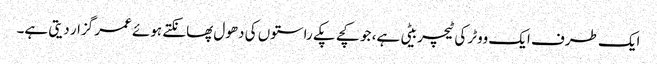
ایک طرف ایک ووٹر کی ٹیچر بیٹی ہے، جو کچے پکے راستوں کی دھول پھانکتے ہوئے عمر گزار دیتی ہے۔